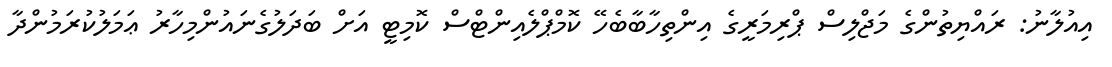
އިއުލާނު: ރައްޔިތުންގެ މަޖްލިސް ޕްރިމަރީގެ އިންތިހާބާބެހޭ ކޮމްޕްލެއިންޓްސް ކޮމިޓީ އަށް ބަދަލުގެނައުންމިހާރު ޢަމަލުކުރަމުންދާ